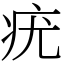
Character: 疣